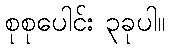
စုစုပေါင်း ၃ခုပါ။